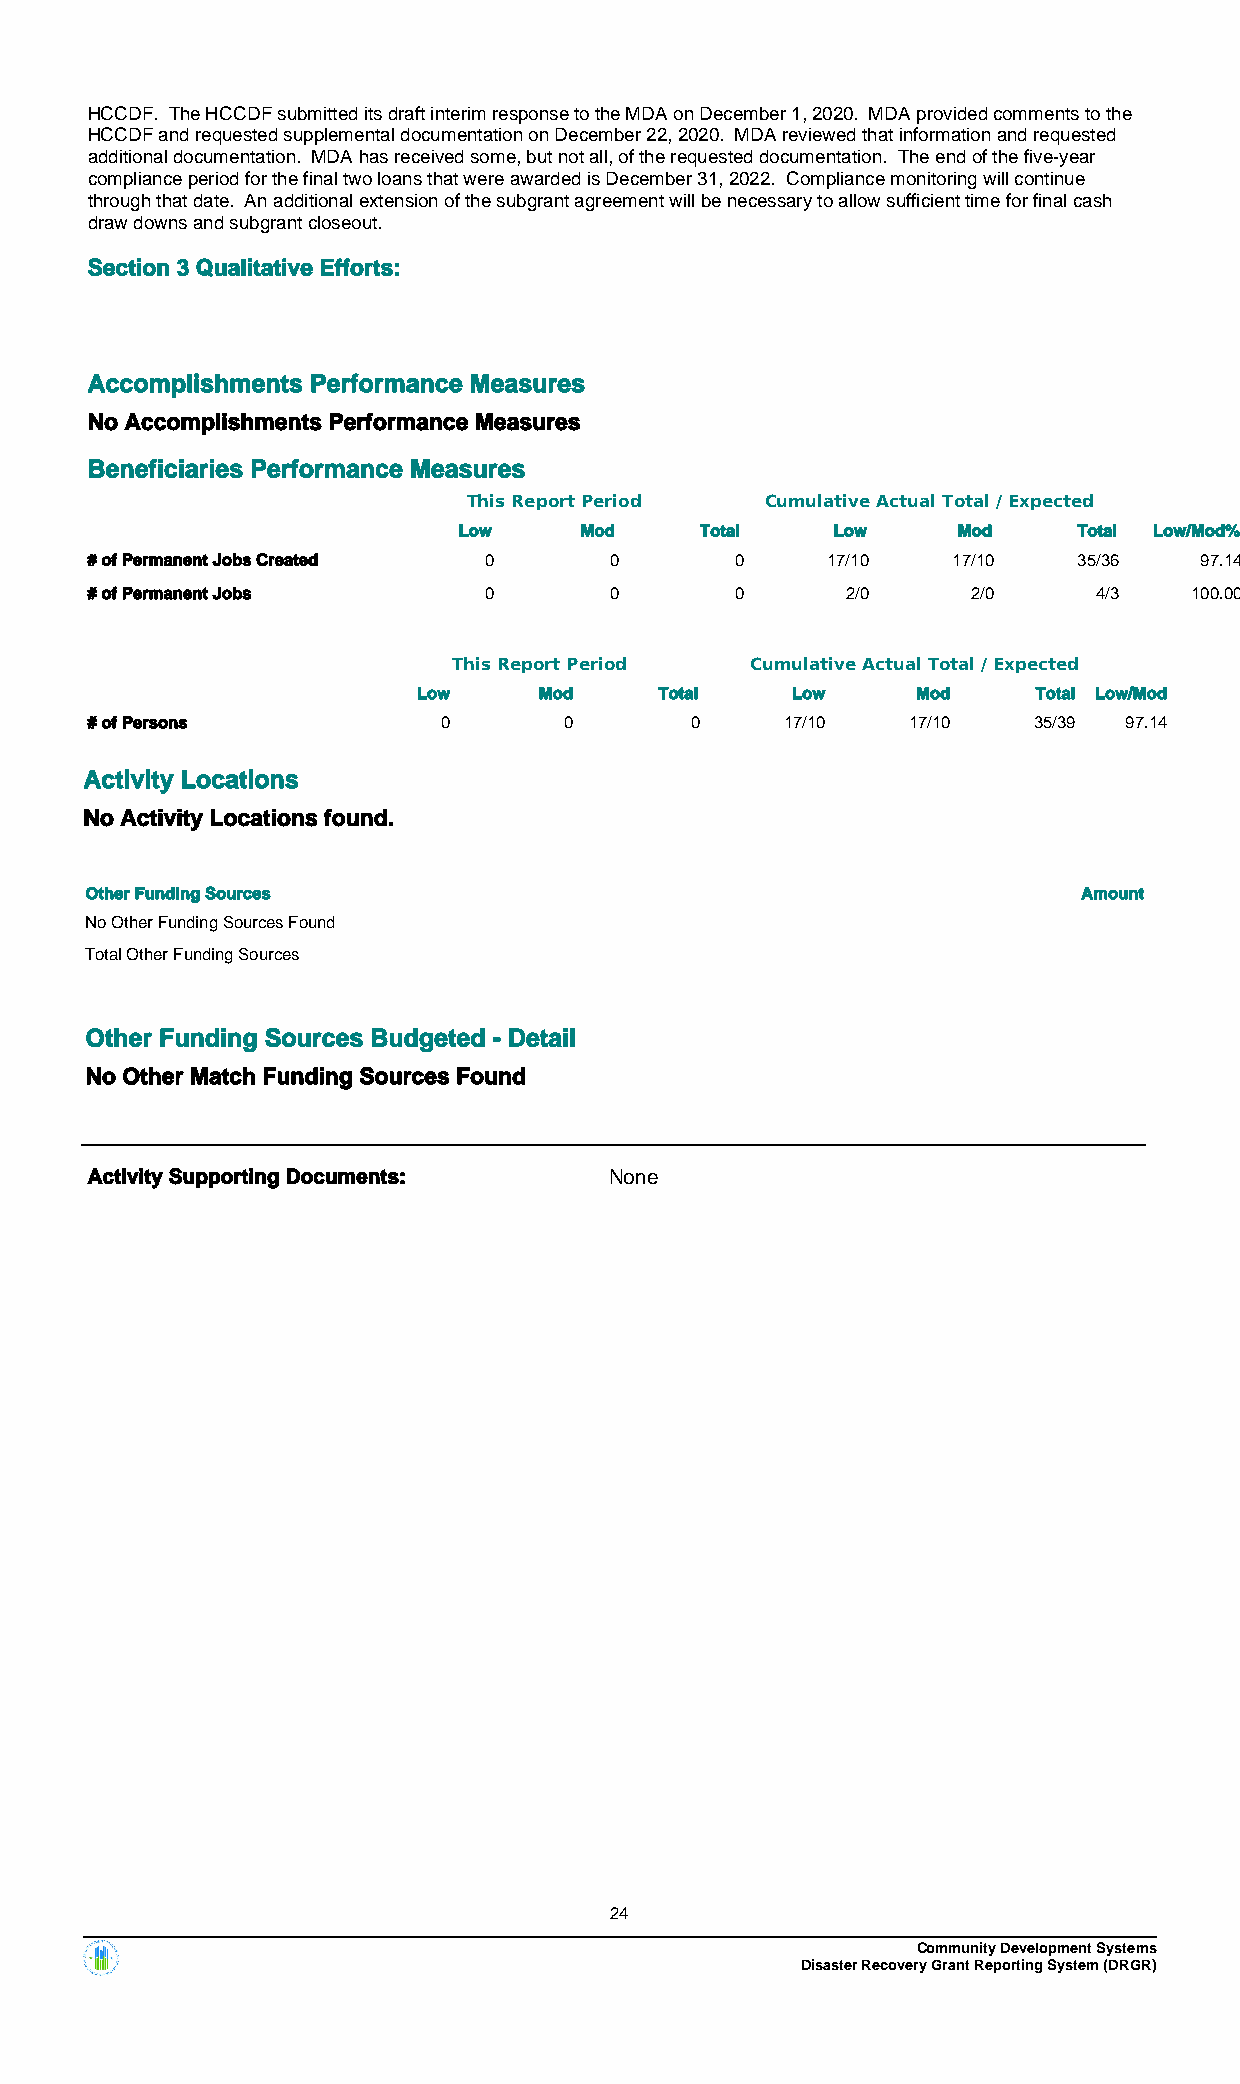
HCCDF. The HCCDF submitted its draft interim response to the MDA on December 1, 2020. MDA provided comments to the
 HCCDF and requested supplemental documentation on December 22, 2020. MDA reviewed that information and requested
 additional documentation. MDA has received some, but not all, of the requested documentation. The end of the five-year
 compliance period for the final two loans that were awarded is December 31, 2022. Compliance monitoring will continue
 through that date. An additional extension of the subgrant agreement will be necessary to allow sufficient time for final cash
 draw downs and subgrant closeout.
 Section 3 Qualitative Efforts:
 Accomplishments Performance Measures
 No Accomplishments Performance Measures
 Beneficiaries Performance Measures
 This Report Period  Cumulative Actual Total / Expected
 Low     Mod     Total    Low     Mod     Total Low/Mod%
 # of Permanent Jobs Created 0     0        0     17/10   17/10   35/36   97.14
 # of Permanent Jobs       0       0        0      2/0     2/0      4/3   100.00
 This Report Period  Cumulative Actual Total / Expected
 Low     Mod     Total   Low      Mod     Total Low/Mod
 # of Persons           0       0        0     17/10   17/10   35/39 97.14
 Activity Locations
 No Activity Locations found.
 Other Funding Sources                                             Amount
 No Other Funding Sources Found
 Total Other Funding Sources
 Other Funding Sources Budgeted - Detail
 No Other Match Funding Sources Found
 Activity Supporting Documents:    None
 24
 Community Development Systems
 Disaster Recovery Grant Reporting System (DRGR)